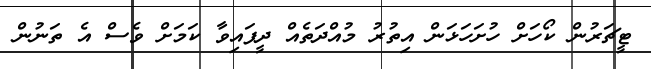
ޓީޗަރުން ކޯހަށް ހުށަަހަޅަން އިތުރު މުއްދަތެއް ދީފައިވާ ކަމަށް ވެސް އެ ތަނުން